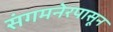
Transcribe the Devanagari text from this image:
संगमनेरपासून